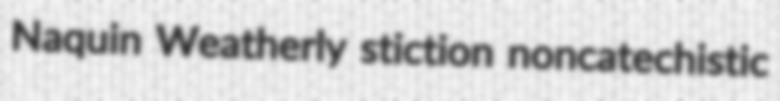
Naquin Weatherly stiction noncatechistic